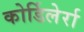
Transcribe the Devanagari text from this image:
कोर्डिलेर्रा